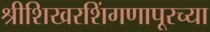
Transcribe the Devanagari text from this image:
श्रीशिखरशिंगणापूरच्या